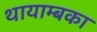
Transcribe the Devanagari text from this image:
थायाम्बका